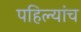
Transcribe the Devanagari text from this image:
पहिल्यांच